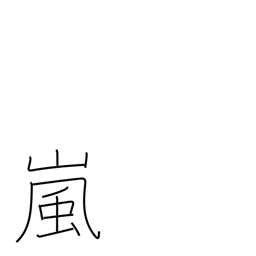
Meaning: storm